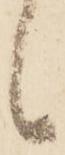
候